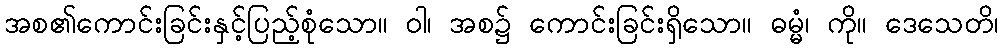
အစ၏ကောင်းခြင်းနှင့်ပြည့်စုံသော။ ဝါ၊ အစ၌ ကောင်းခြင်းရှိသော။ ဓမ္မံ၊ ကို။ ဒေသေတိ၊